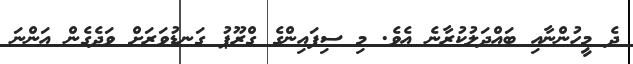
ދެ މީހުންނާއި ބައްދަލުކުރާނެ އެވެ. މި ސިފައިންގެ ގްރޫޕު ގަނޑުވަރަށް ވަދެގެން އަންނަ